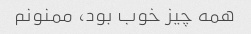
همه‌ چیز خوب بود، ممنونم